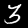
Digit: 3